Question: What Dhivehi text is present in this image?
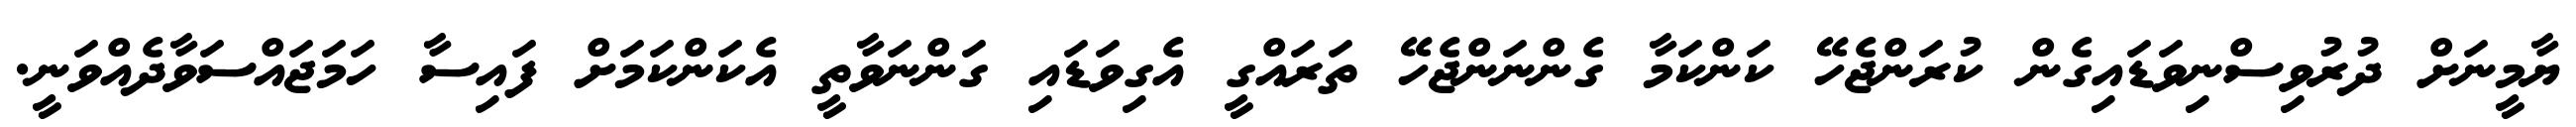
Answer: ޔާމީނަށް ދުރުވިސްނިވަޑައިގެން ކުރަންޖެހޭ ކަންކަމާ ގެންނަންޖެހޭ ތަރައްގީ އެގިވަޑައި ގަންނަވާތީ އެކަންކަމަށް ފައިސާ ހަމަޖައްސަވާދެއްވަނީ.